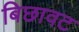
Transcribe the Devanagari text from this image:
बिछावट